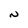
Character: N